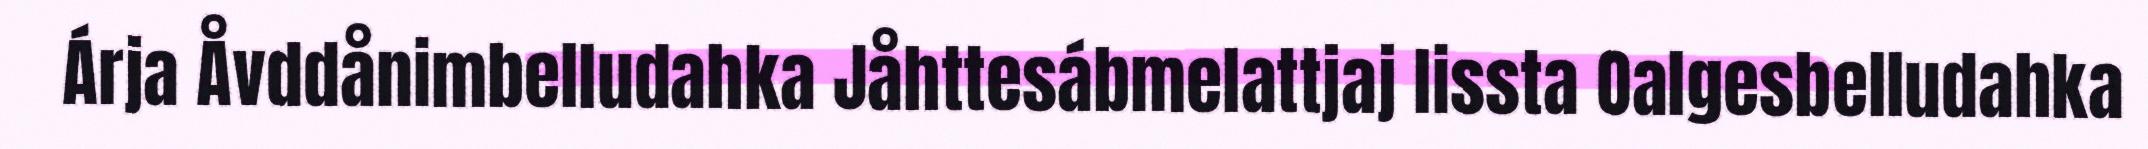
Árja Åvddånimbelludahka Jåhttesábmelattjaj lissta Oalgesbelludahka